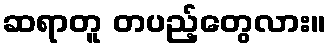
ဆရာတူ တပည့်တွေလား။